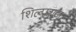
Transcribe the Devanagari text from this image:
शिल्पराज